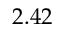
2 . 4 2